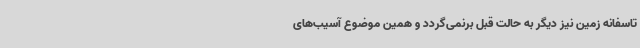
تاسفانه زمین نیز دیگر به حالت قبل برنمی‌گردد و همین موضوع آسیب‌های